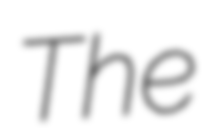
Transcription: The